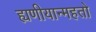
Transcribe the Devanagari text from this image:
ह्यणीयान्महतो